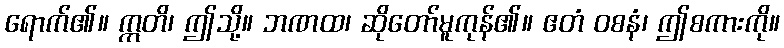
ရောက်၏။ ဣတိ၊ ဤသို့။ ဘဏထ၊ ဆိုတော်မူကုန်၏။ ဧတံ ဝစနံ၊ ဤစကားကို။